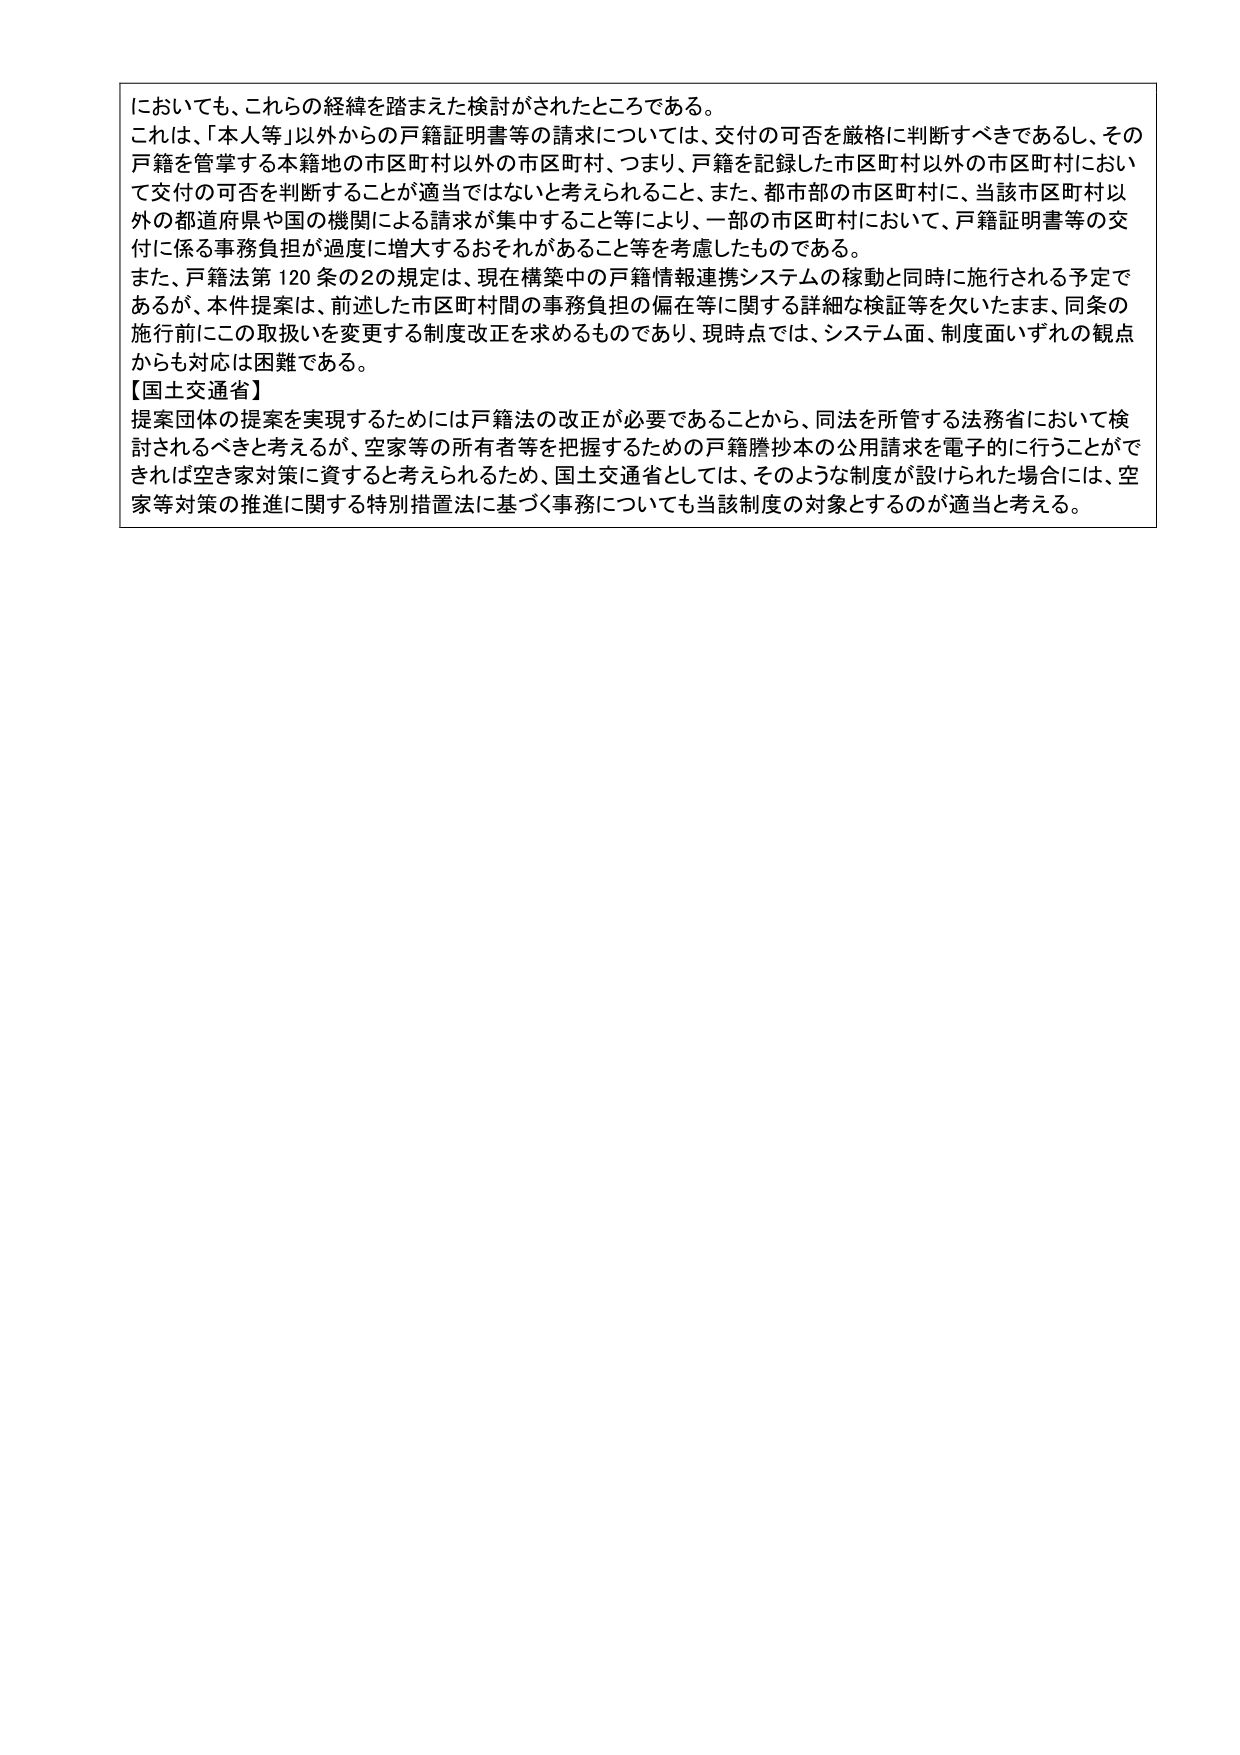
においても、これらの経緯を踏まえた検討がされたところである。
これは、「本人等」以外からの戸籍証明書等の請求については、交付の可否を厳格に判断すべきであるし、その
戸籍を管掌する本籍地の市区町村以外の市区町村、つまり、戸籍を記録した市区町村以外の市区町村におい
て交付の可否を判断することが適当ではないと考えられること、また、都市部の市区町村に、当該市区町村以
外の都道府県や国の機関による請求が集中すること等により、一部の市区町村において、戸籍証明書等の交
付に係る事務負担が過度に増大するおそれがあること等を考慮したものである。
また、戸籍法第120条の2の規定は、現在構築中の戸籍情報連携システムの稼動と同時に施行される予定で
あるが、本件提案は、前述した市区町村間の事務負担の偏在等に関する詳細な検証等を欠いたまま、同条の
施行前にこの取扱いを変更する制度改正を求めるものであり、現時点では、システム面、制度面いずれの観点
からも対応は困難である。
【国土交通省】
提案団体の提案を実現するためには戸籍法の改正が必要であることから、同法を所管する法務省において検
討されるべきと考えるが、空家等の所有者等を把握するための戸籍謄抄本の公用請求を電子的に行うことがで
きれば空家対策に資すると考えられるため、国土交通省としては、そのような制度が設けられた場合には、空
家等対策の推進に関する特別措置法に基づく事務についても当該制度の対象とするのが適当と考える。